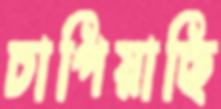
চাপিয়াছি